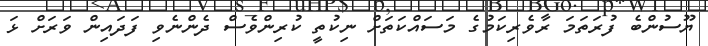
ޔޫސުންބެ ފުރަތަމަ ރާވެރިކަމުގެ މަސައްކަތަށް ނިކުތީ ކުރިންވެސް ދެންނެވި ފަދައިން ވަރަށް ޅަ